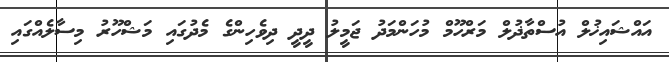
އައްޝައިޚުލް އުސްތާޛުލް މަރްހޫމް މުހަންމަދު ޖަމީލު ދީދީ ދިވެހިންގެ މެދުގައި މަޝްހޫރު މިސާލެއްގައި